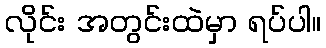
လိုင်း အတွင်းထဲမှာ ရပ်ပါ။